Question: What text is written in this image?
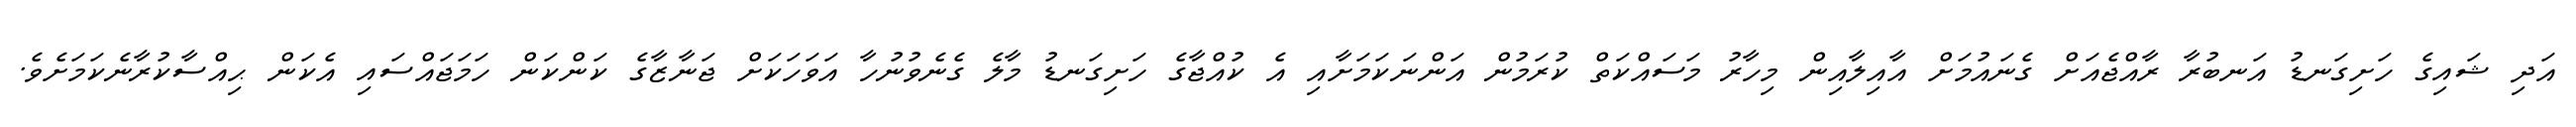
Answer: އަދި ޝައިގެ ހަށިގަނޑު އަނބުރާ ރާއްޖެއަށް ގެނައުމަށް އާއިލާއިން މިހާރު މަސައްކަތް ކުރަމުން އަންނަކަމަށާއި އެ ކުއްޖާގެ ހަށިގަނޑު މާލެ ގެނެވުނުހާ އަވަހަކަށް ޖަނާޒާގެ ކަންކަން ހަމަޖައްސައި އެކަން ޙިއްސާކުރާނެކަމަށެވެ.